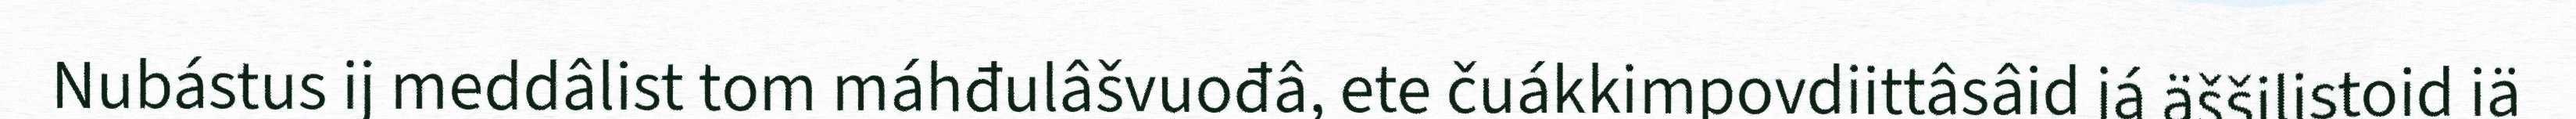
Nubástus ij meddâlist tom máhđulâšvuođâ, ete čuákkimpovdiittâsâid já äššilistoid iä